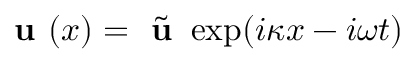
{ \textbf { u } } ( x ) = \tilde { \textbf { u } } \exp ( i \kappa x - i \omega t )